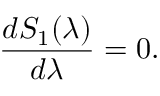
\frac { d { \cal S } _ { 1 } ( \lambda ) } { d \lambda } = 0 .